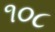
૧૦૮